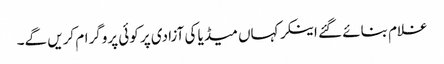
غلام بنائے گئے اینکر کہاں میڈیا کی آزادی پر کوئی پروگرام کریں گے۔